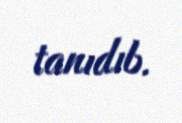
tanıdıb.